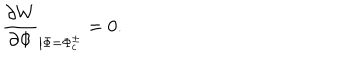
LaTeX: \frac { \partial W } { \partial \Phi } _ { \left| \Phi = \Phi _ { c } ^ { \pm } \right. } = 0 .